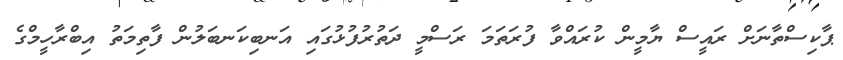
ޕާކިސްތާނަށް ރައީސް ޔާމީން ކުރައްވާ ފުރަތަމަ ރަސްމީ ދަތުރުފުޅުގައި އަނބިކަނބަލުން ފާތިމަތު އިބްރާހީމްގެ